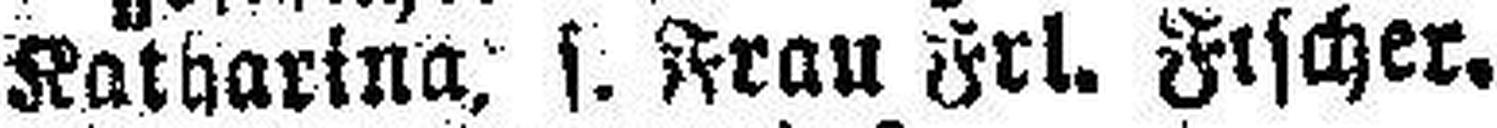
Katharina, s. Frau Frl. Fischer,